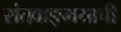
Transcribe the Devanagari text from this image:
संतवाङ्‌मयाची